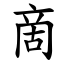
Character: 啇